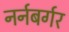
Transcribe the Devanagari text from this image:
नर्नबर्गर